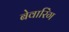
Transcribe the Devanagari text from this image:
बेवारिंग